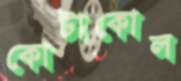
কোটাকোল